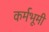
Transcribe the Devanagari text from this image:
कर्मभूमीं